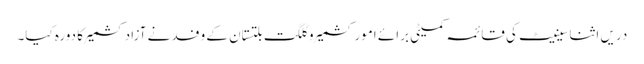
دریں اثنا سینیٹ کی قائمہ کمیٹی برائے امور کشمیر و گلگت بلتستان کے وفد نے آزادکشمیر کا دورہ کیا۔